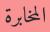
المخابرة